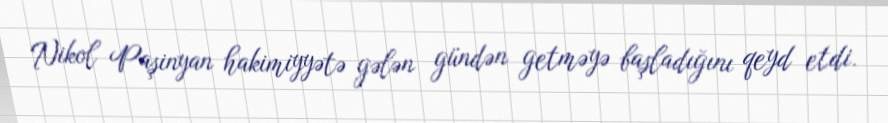
Nikol Paşinyan hakimiyyətə gələn gündən getməyə başladığını qeyd etdi.